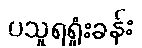
ပသူရရှုံးခန်း